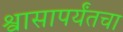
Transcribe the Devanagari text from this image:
श्वासापर्यंतचा